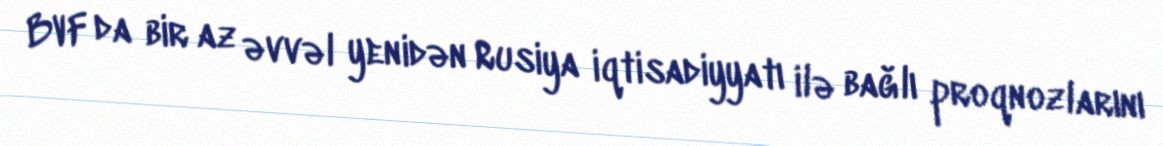
BVF da bir az əvvəl yenidən Rusiya iqtisadiyyatı ilə bağlı proqnozlarını